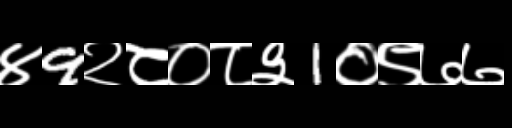
Text: ४9२८०८३1०९७७